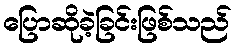
ပြောဆိုခဲ့ခြင်းဖြစ်သည်